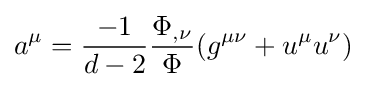
a^{\mu }={\frac {-1}{d-2}}{\frac {\Phi _{,\nu }}{\Phi }}(g^{\mu \nu }+u^{\mu }u^{\nu })